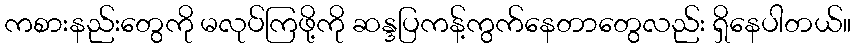
ကစားနည်းတွေကို မလုပ်ကြဖို့ကို ဆန္ဒပြကန့်ကွက်နေတာတွေလည်း ရှိနေပါတယ်။